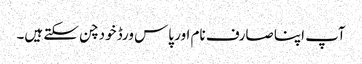
آپ اپنا صارف نام اور پاس ورڈ خود چن سکتے ہیں۔